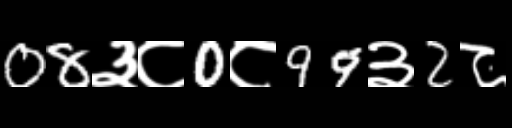
Text: 08३८0८99३2८